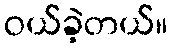
ဝယ်ခဲ့တယ်။